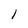
Character: l